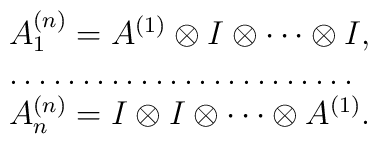
\begin{array}{l}A^{(n)}_{1}=A^{(1)}\otimes I \otimes\cdots \otimes I,\\\ldots\ldots\ldots\ldots\ldots\ldots\ldots\ldots \\A^{(n)}_{n}=I\otimes I \otimes\cdots \otimes A^{(1)}.\end{array}